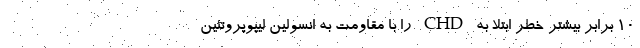
۱۰ برابر بیشتر خطر ابتلا به CHD را با مقاومت به انسولین لیپوپروتئین